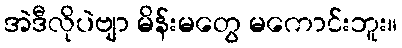
အဲဒီလိုပဲဗျာ မိန်းမတွေ မကောင်းဘူး။